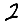
Digit: 2